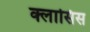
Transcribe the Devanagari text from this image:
क्लासिस